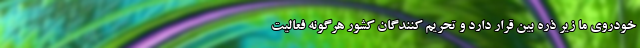
خودروی ما زیر ذره بین قرار دارد و تحریم کنندگان کشور هرگونه فعالیت